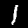
Label: 1